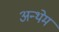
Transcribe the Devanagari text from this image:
अन्थेम